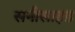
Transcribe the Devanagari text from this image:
सनीसाइड